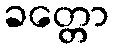
ခတ္တော